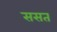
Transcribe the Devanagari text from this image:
ससत